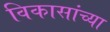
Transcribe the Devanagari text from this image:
विकासांच्या